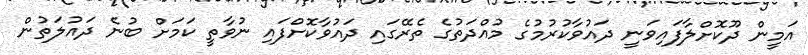
އަމީން ދޫކޮށްލާފައިވަނީ ދައުވާކުރުމުގެ މުއްދަތުގެ ތެރޭގައި ދައުވާކޮށްފައި ނުވާތީ ކަމަށް ބުނެ ދައުލަތުން